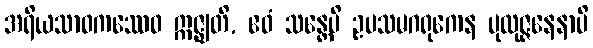
အရိယသာဝကဿေဝ ဣဇ္ဈတိ, ဧဝံ သန္တေပိ ဥပသမဂရုကေန ပုထုဇ္ဇနေနာပိ